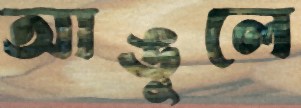
আঙুলে